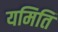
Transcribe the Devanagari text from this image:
यमिति